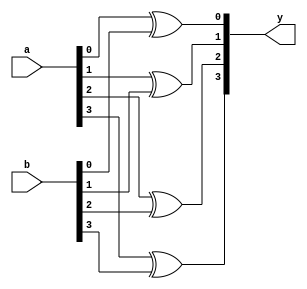
`timescale 1ns / 1ps
//////////////////////////////////////////////////////////////////////////////////
// Module Name: xup_xor_vector
//////////////////////////////////////////////////////////////////////////////////
module xup_xor_vector #(parameter SIZE = 4 , DELAY = 3)(
    input [SIZE-1:0] a,
    input [SIZE-1:0] b,
    output [SIZE-1:0] y
    ); 
    
   genvar i;
    generate
       for (i=0; i < SIZE; i=i+1) 
       begin: xor_i
          xor #DELAY(y[i], a[i], b[i]);
       end
    endgenerate
   
endmodule